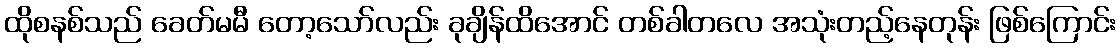
ထိုစနစ်သည် ခေတ်မမီ တော့သော်လည်း ခုချိန်ထိအောင် တစ်ခါတလေ အသုံးတည့်နေတုန်း ဖြစ်ကြောင်း